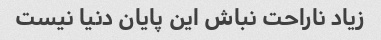
زیاد ناراحت نباش این پایان دنیا نیست